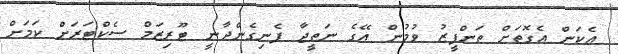
އެކަން އެގޮތަށް ތަންފީޒު ވުމުން އޭގެ ނަތީޖާ ފެނިގެންދާނީ ޓޫރިޒަމް ސެކްޓަރަށް ކަމަށް